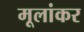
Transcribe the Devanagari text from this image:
मूलांकर